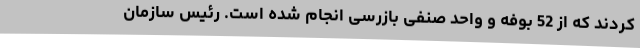
کردند که از 52 بوفه و واحد صنفی بازرسی انجام شده است. رئیس سازمان